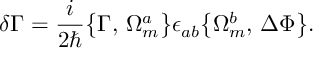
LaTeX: \delta \Gamma = \frac { i } { 2 \hbar } \bigl \{ \Gamma , \, \Omega _ { m } ^ { a } \bigr \} \epsilon _ { a b } \bigl \{ \Omega _ { m } ^ { b } , \, \Delta \Phi \bigr \} .